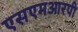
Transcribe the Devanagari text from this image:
एसएमआरपी